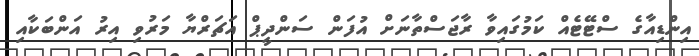
އިންޑިއާގެ ސްޓޭޓެއް ކަމުގައިވާ ރާޖަސްތާނަށް އުފަން ސަންދީޕް އަޗަރްޔާ މަރުވި އިރު އަންބަކާއި